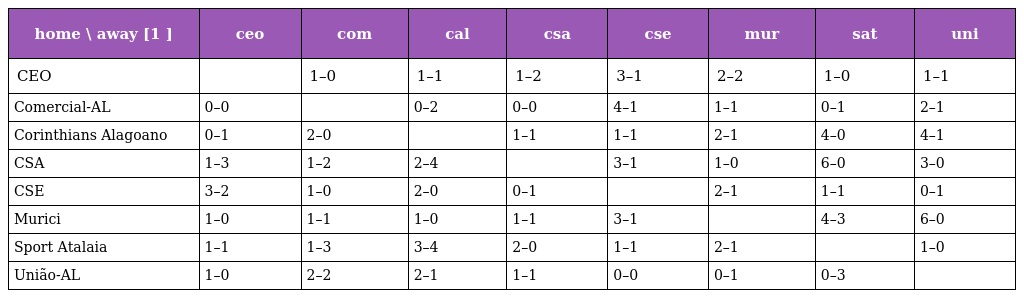
| home \ away [1 ] | ceo | com | cal | csa | cse | mur | sat | uni |
 | --- | --- | --- | --- | --- | --- | --- | --- | --- |
 | CEO |  | 1–0 | 1–1 | 1–2 | 3–1 | 2–2 | 1–0 | 1–1 |
 | Comercial-AL | 0–0 |  | 0–2 | 0–0 | 4–1 | 1–1 | 0–1 | 2–1 |
 | Corinthians Alagoano | 0–1 | 2–0 |  | 1–1 | 1–1 | 2–1 | 4–0 | 4–1 |
 | CSA | 1–3 | 1–2 | 2–4 |  | 3–1 | 1–0 | 6–0 | 3–0 |
 | CSE | 3–2 | 1–0 | 2–0 | 0–1 |  | 2–1 | 1–1 | 0–1 |
 | Murici | 1–0 | 1–1 | 1–0 | 1–1 | 3–1 |  | 4–3 | 6–0 |
 | Sport Atalaia | 1–1 | 1–3 | 3–4 | 2–0 | 1–1 | 2–1 |  | 1–0 |
 | União-AL | 1–0 | 2–2 | 2–1 | 1–1 | 0–0 | 0–1 | 0–3 |  |